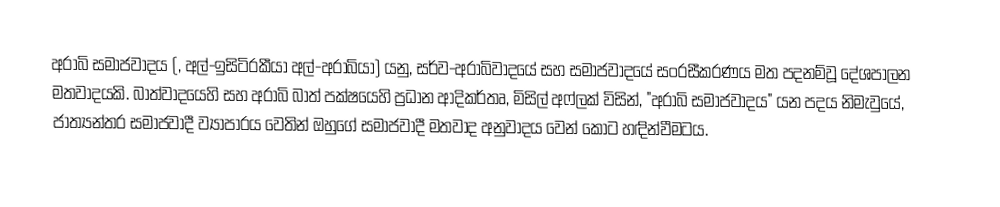
අරාබි සමාජවාදය (, අල්-ඉසිටිරකීයා අල්-අරාබියා) යනු,  සර්ව-අරාබිවාදයේ සහ  සමාජවාදයේ සංරසීකරණය මත පදනම්වූ දේශපාලන මතවාදයකි. බාත්වාදයෙහි සහ අරාබි බාත් පක්ෂයෙහි ප්‍රධාන ආදිකර්තෘ, මිසිල් අෆ්ලක් විසින්, "අරාබි සමාජවාදය" යන පදය නිමැවුයේ, ජාත්‍යන්තර සමාජවාදී ව්‍යාපාරය වෙතින් ඔහුගේ සමාජවාදී මතවාද අනුවාදය වෙන් කොට හඳින්වීමටය.